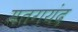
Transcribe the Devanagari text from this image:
मतगयंद